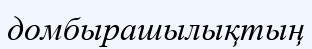
домбырашылықтың